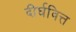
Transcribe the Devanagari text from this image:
दीर्घवित्त